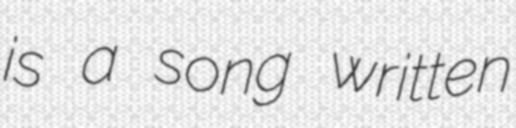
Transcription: is a song written